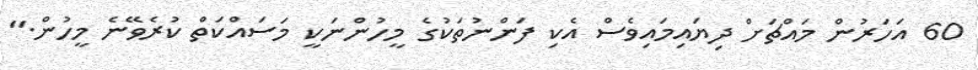
60 އަހަރުން މައްޗަށް ދިޔައިމައިވެސް އެކި ފަންނުތަކުގެ މީހުންނަކީ މަސައްކަތް ކުރެވޭނެ މީހުން."